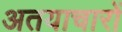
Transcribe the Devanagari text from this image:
अतयाचारों